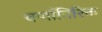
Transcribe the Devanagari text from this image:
वर्णातिरिक्त